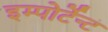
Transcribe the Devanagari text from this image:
इम्पोर्टेन्ट